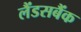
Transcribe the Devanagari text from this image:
लैंडसबैंक